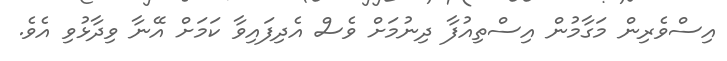
އިސްވެރިން މަގާމުން އިސްތިއުފާ ދިނުމަށް ވެސް އެދިފައިވާ ކަމަށް އޭނާ ވިދާޅުވި އެވެ.